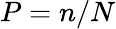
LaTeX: P=n/N